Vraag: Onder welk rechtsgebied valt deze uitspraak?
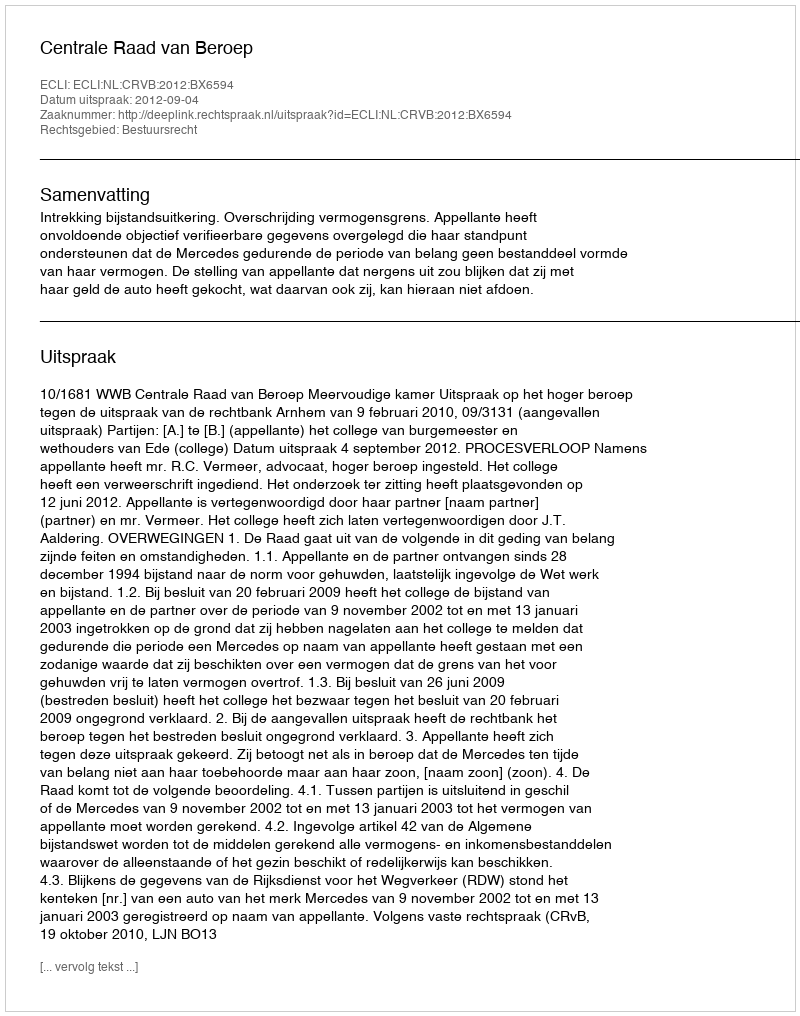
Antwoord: Bestuursrecht